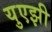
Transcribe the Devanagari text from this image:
युएझी